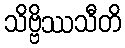
သိဗ္ဗိဿသီတိ